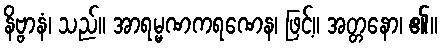
နိဗ္ဗာနံ၊ သည်။ အာရမ္မဏကရဏေန၊ ဖြင့်။ အတ္တနော၊ ၏။